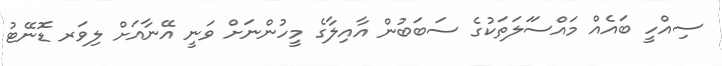
ސިއްހީ ބައެއް މައްސަަލަތަކުގެ ސަބަބުން އާއިލާގެ މީހުންނަށް ވަނީ އޭނާއަށް ލިވަރ ޑޮނޭޓު